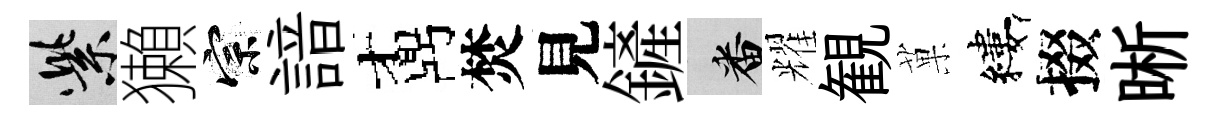
紫獺宗諳鼒焚見鏟番耀観菓縷掇晰